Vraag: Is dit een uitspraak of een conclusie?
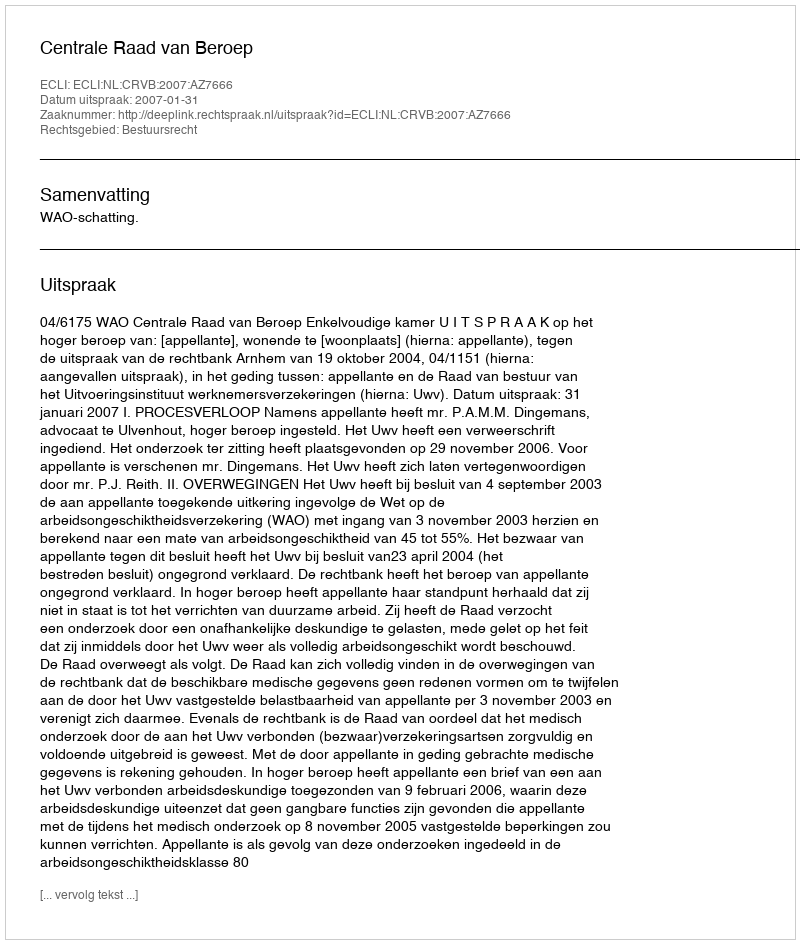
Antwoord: Uitspraak